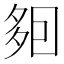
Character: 𡖣